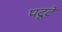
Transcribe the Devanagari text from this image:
पटूटे